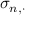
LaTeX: \sigma _ { n , \cdot }